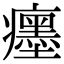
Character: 癦